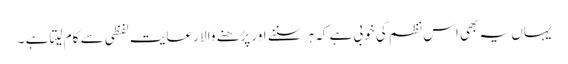
یہاں یہ بھی اس نظم کی خوبی ہے کہ ہر سننے اور پڑھنے والا رعایت لفظی سے کام لیتا ہے ۔